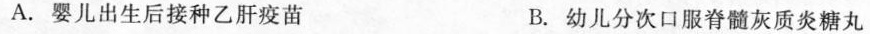
A.婴儿出生后接种乙肝疫苗 B.幼儿分次口服脊髓灰质炎糖丸